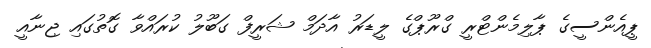
ޕީއެންސީގެ ޕާލިމެންޓްރީ ގްރޫޕްގެ ލީޑަރު އާދަމް ޝަރީފް ގަބޫލު ކުރައްވާ ގޮތުގައި ޖިނާއީ